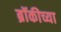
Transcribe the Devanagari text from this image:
ब्रॉकीच्या